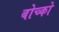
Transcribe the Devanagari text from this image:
बोच्को